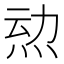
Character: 𱪿